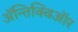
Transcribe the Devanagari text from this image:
ॲन्तिक्विऑर